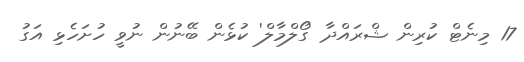
17 މިނެޓް ކުރިން ޝްރައްދާ 'ގޯލްމާލް' ކުޅެން ބޭނުން ނުވީ ހުށަހެޅި އަގު